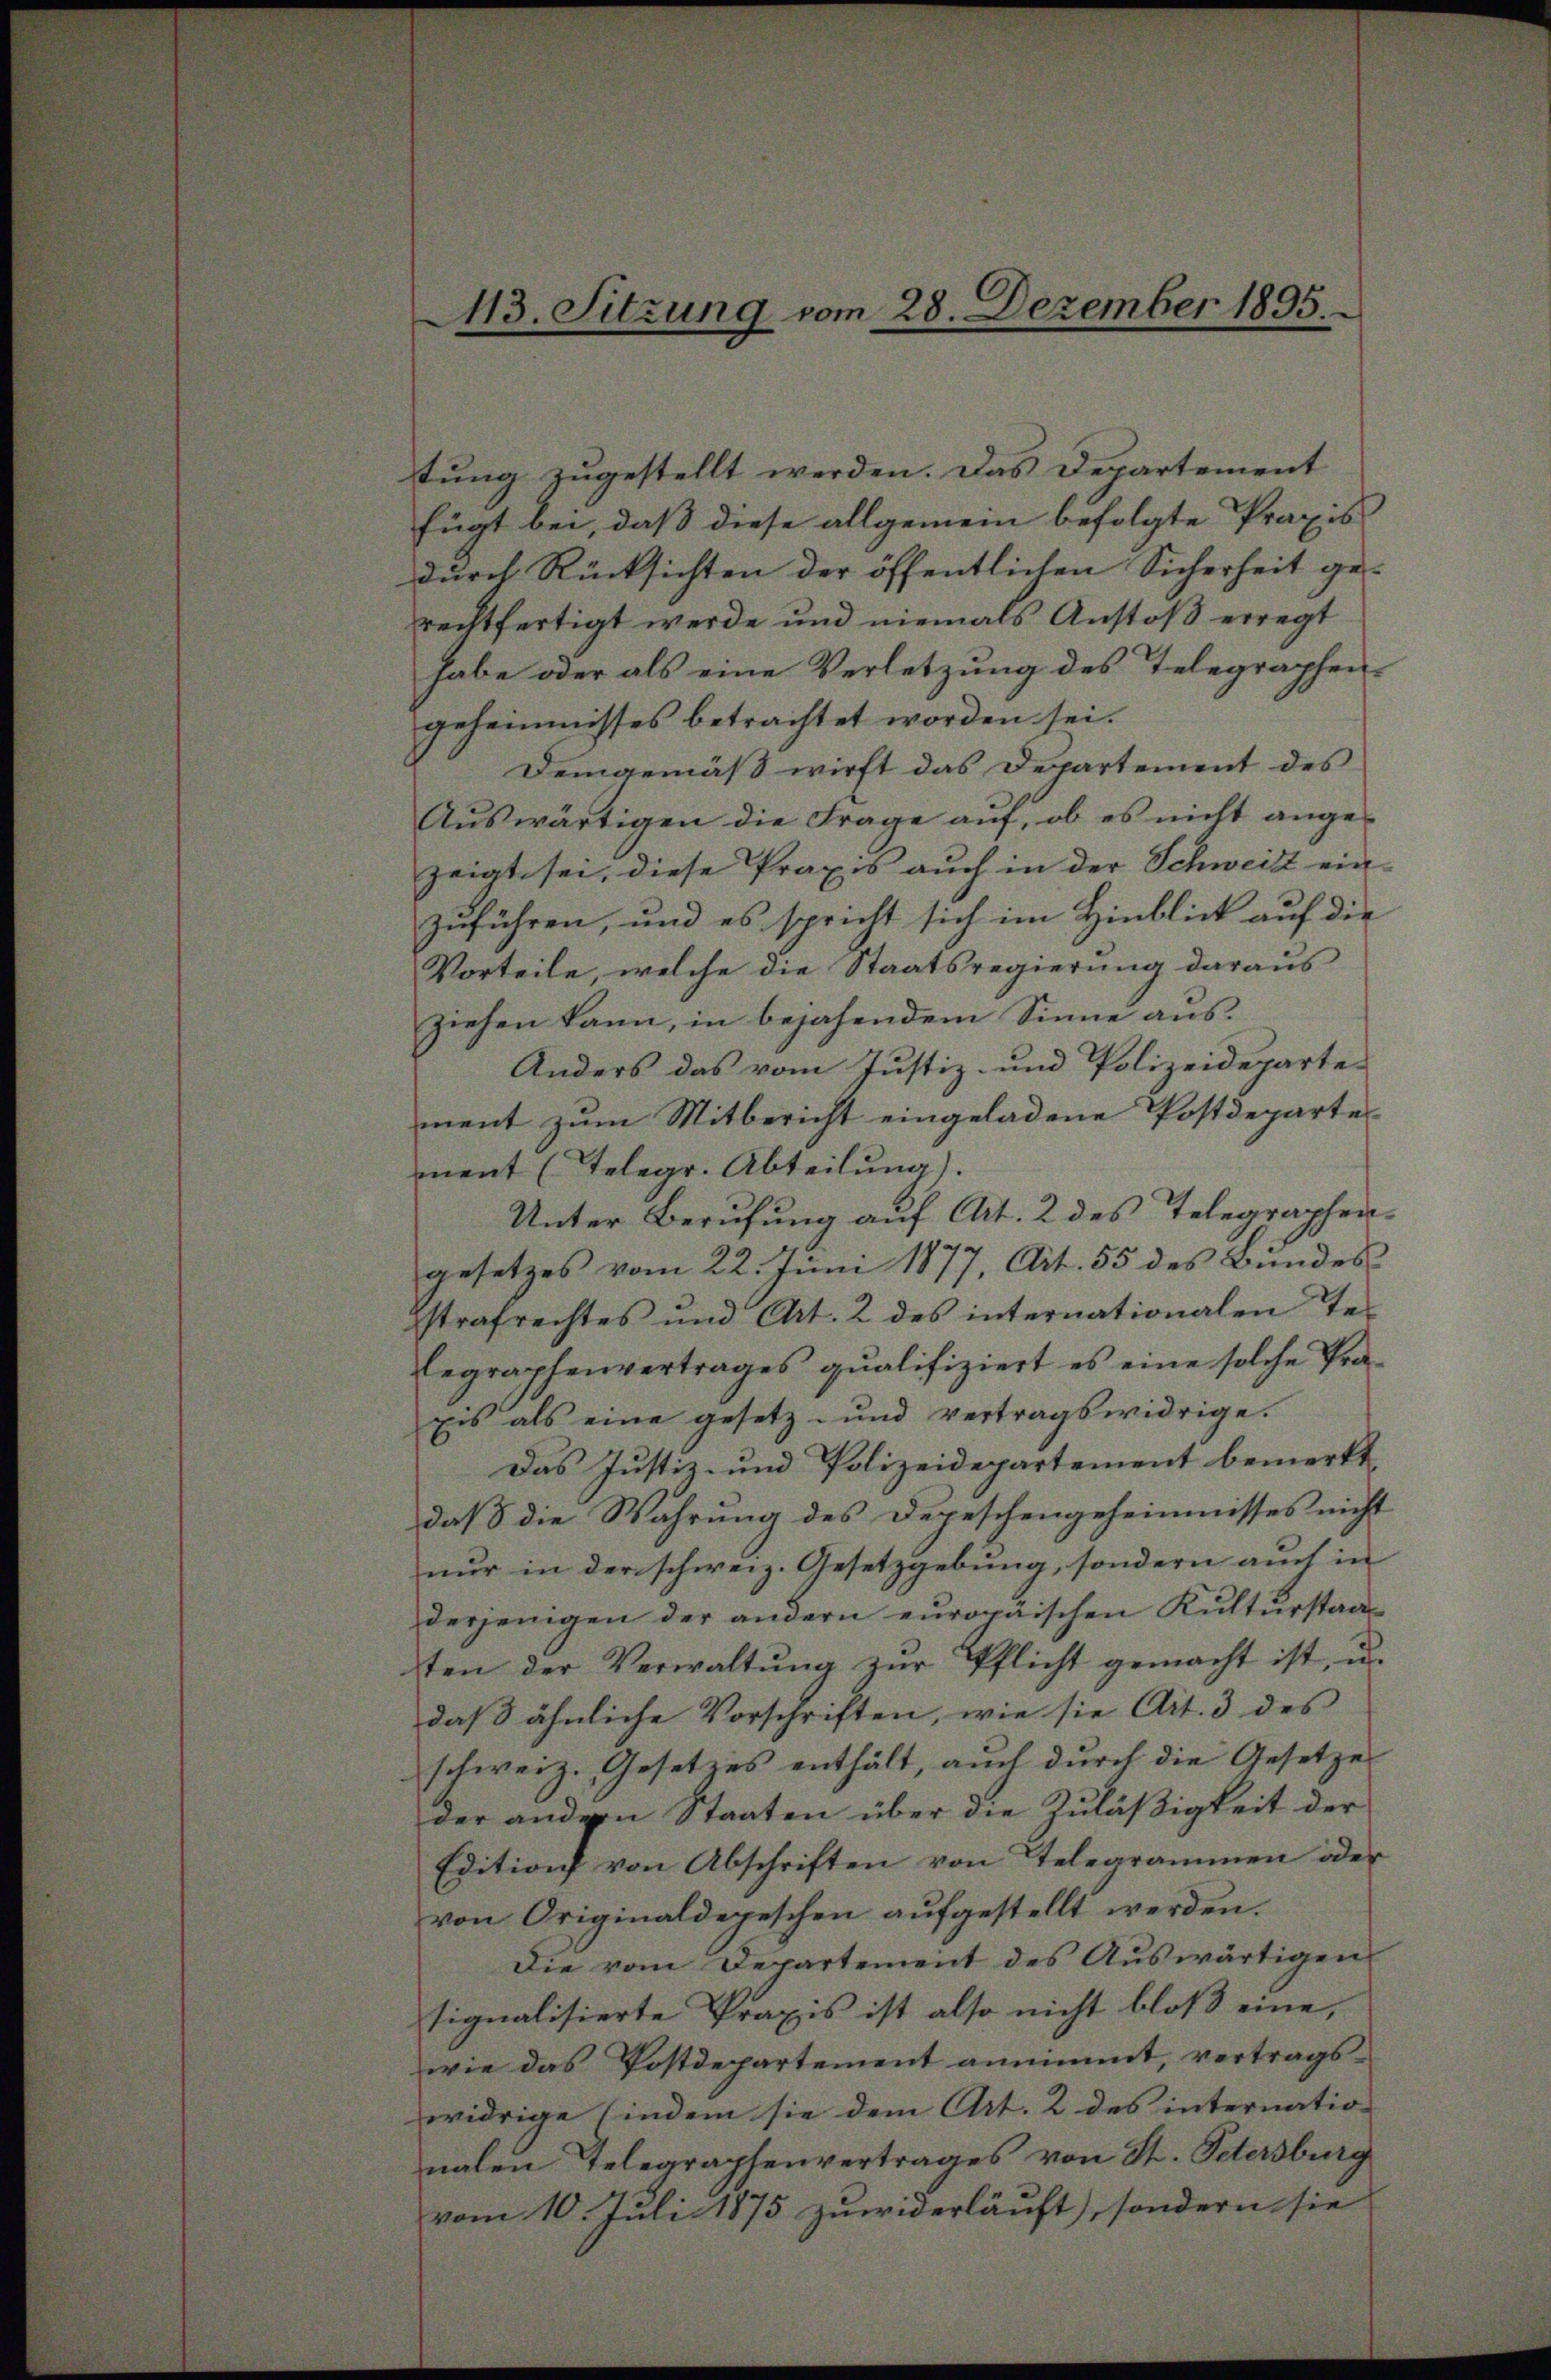
s

43. Sitzung vom 28. Dezember 1895.

tung zugestellt werden. Das Departement
fügt bei, daß diese allgemein befolgte Praxis
durch Rücksichten der öffentlichen Sicherheit ge- |
rechtfertigt werde und niemals Anstoß erregt
habe oder als eine Verletzung des Telegraphen-
geheimnisses betrachtet worden sei.
Demgemäß wirft das Departement des
Auswärtigen die Frage auf, ob es nicht angezeigt sei, diese Praxis auch in der Schweitz einzuführen, und es spricht sich im Hinblick auf die
Vorteile, welche die Staatsregierung daraus
ziehen kann, in bejahendem Sinne aus.
Anders das vom Justiz- und Polizeidepartement zum Mitbericht eingeladene Postdepartes
ment (Telegr. Abteilung).
Unter Berufung auf Art. 2 des Telegraphengesetzes vom 22. Juni 1877, Art. 55 des Bundes
strafrechtes und Art. 2 des internationalen Telegraphenvertrages qualifiziert es eine solche Pra-
Eis als eine gesetz- und vertragswidrige.
Das Justiz- und Polizeidepartement bemerkt,
daß die Wahrung des Depeschengeheimnisses nicht
nur in der schweiz. Gesetzgebung, sondern auch in
derjenigen der andern europaischen Kulturstaaten der Verwaltŭng zŭr Pflicht gemacht ist, u.
daβ ähnliche Vorschriften, wie sie Art. 3 des
schweiz. Gesetzes enthält, auch durch die Gesetzes
der andern Staaten über die Zuläßigkeit der
Edition von Abschriften von Telegrammen oder
von Originaldepeschen aŭfgestellt werden.
Die vom Departement des Aŭswärtigen
signalisierte Praxis ist also nicht bloß eine,
wie das Postdepartement annimmt, vertrags-
widrige (indem sie dem Art. 2 des internatio- |
nalen Telegraphenvertrages von St. Petersburg
vom 10. Juli 1875 zuwiderläuft), sondern sie